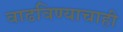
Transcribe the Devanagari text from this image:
वाढविण्याचाही